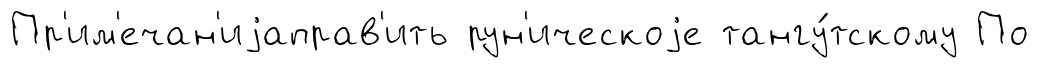
Пр'им'ечан'иjаправ'ить рун'ическоjе тангу́тскому По